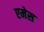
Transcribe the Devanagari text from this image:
एमेस